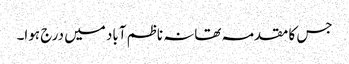
جس کا مقدمہ تھانہ ناظم آباد میں درج ہوا۔